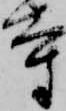
寺